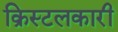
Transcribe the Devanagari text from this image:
क्रिस्टलकारी